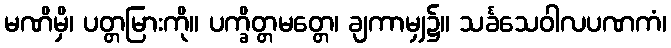
မဏိမှိ၊ ပတ္တမြားကို။ ပက္ခိတ္တမတ္တေ၊ ချကာမျှ၌။ သင်္ခသေဝါလပဏကံ၊